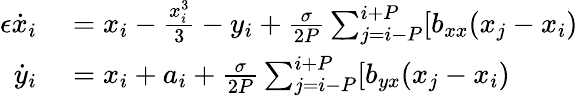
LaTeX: \begin{array}{rl}{\epsilon\dot{x}_{i}}&{{}=x_{i}-\frac{x_{i}^{3}}{3}-y_{i}+\frac{\sigma}{2P}\sum_{j=i-P}^{i+P}[b_{xx}(x_{j}-x_{i})}\\ {\dot{y}_{i}}&{{}=x_{i}+a_{i}+\frac{\sigma}{2P}\sum_{j=i-P}^{i+P}[b_{yx}(x_{j}-x_{i})}\end{array}